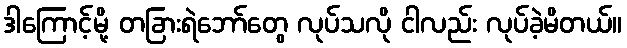
ဒါကြောင့်မို့ တခြားရဲဘော်တွေ လုပ်သလို ငါလည်း လုပ်ခဲ့မိတယ်။